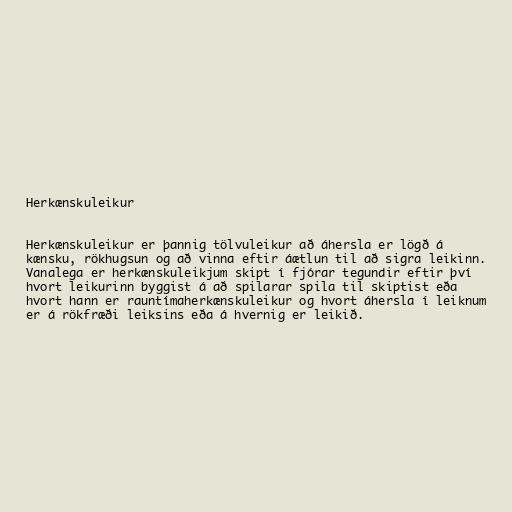
Herkænskuleikur

Herkænskuleikur er þannig tölvuleikur að áhersla er lögð á
kænsku, rökhugsun og að vinna eftir áætlun til að sigra leikinn.
Vanalega er herkænskuleikjum skipt í fjórar tegundir eftir því
hvort leikurinn byggist á að spilarar spila til skiptist eða
hvort hann er rauntímaherkænskuleikur og hvort áhersla í leiknum
er á rökfræði leiksins eða á hvernig er leikið.